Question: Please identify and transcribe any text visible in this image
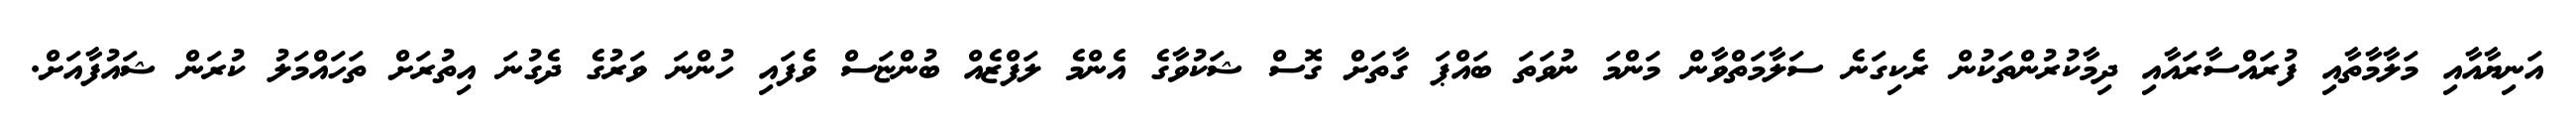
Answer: އަނިޔާއާއި މަލާމާތާއި ފުރައްސާރައާއި ދިމާކުރުންތަކުން ރެކިގަނެ ސަލާމަތްވާން މަންމަ ނުވަތަ ބައްޕަ ގާތަށް ގޮސް ޝަކުވާގެ އެންމެ ލަފްޒެއް ބުންޏަސް ވެފައި ހުންނަ ވަރުގެ ދެގުނަ އިތުރަށް ތަހައްމަލު ކުރަން ޝައުފާއަށް.